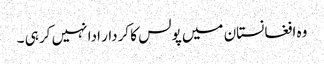
وہ افغانستان میں پولس کا کردار ادا نہیں کر ہی ۔